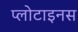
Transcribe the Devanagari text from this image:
प्लोटाइनस